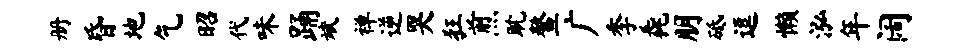
册昏地乞昭代味踊斌禅逆哭狂煎耽鳌广季毳朋砥逗懒泓年阔